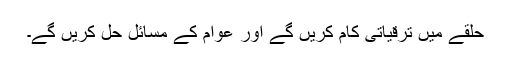
حلقے میں ترقیاتی کام کریں گے اور عوام کے مسائل حل کریں گے۔